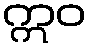
ဣဝ